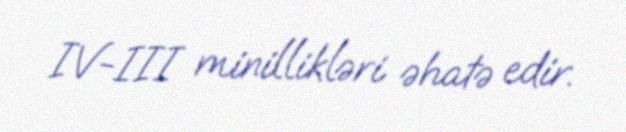
IV-III minillikləri əhatə edir.